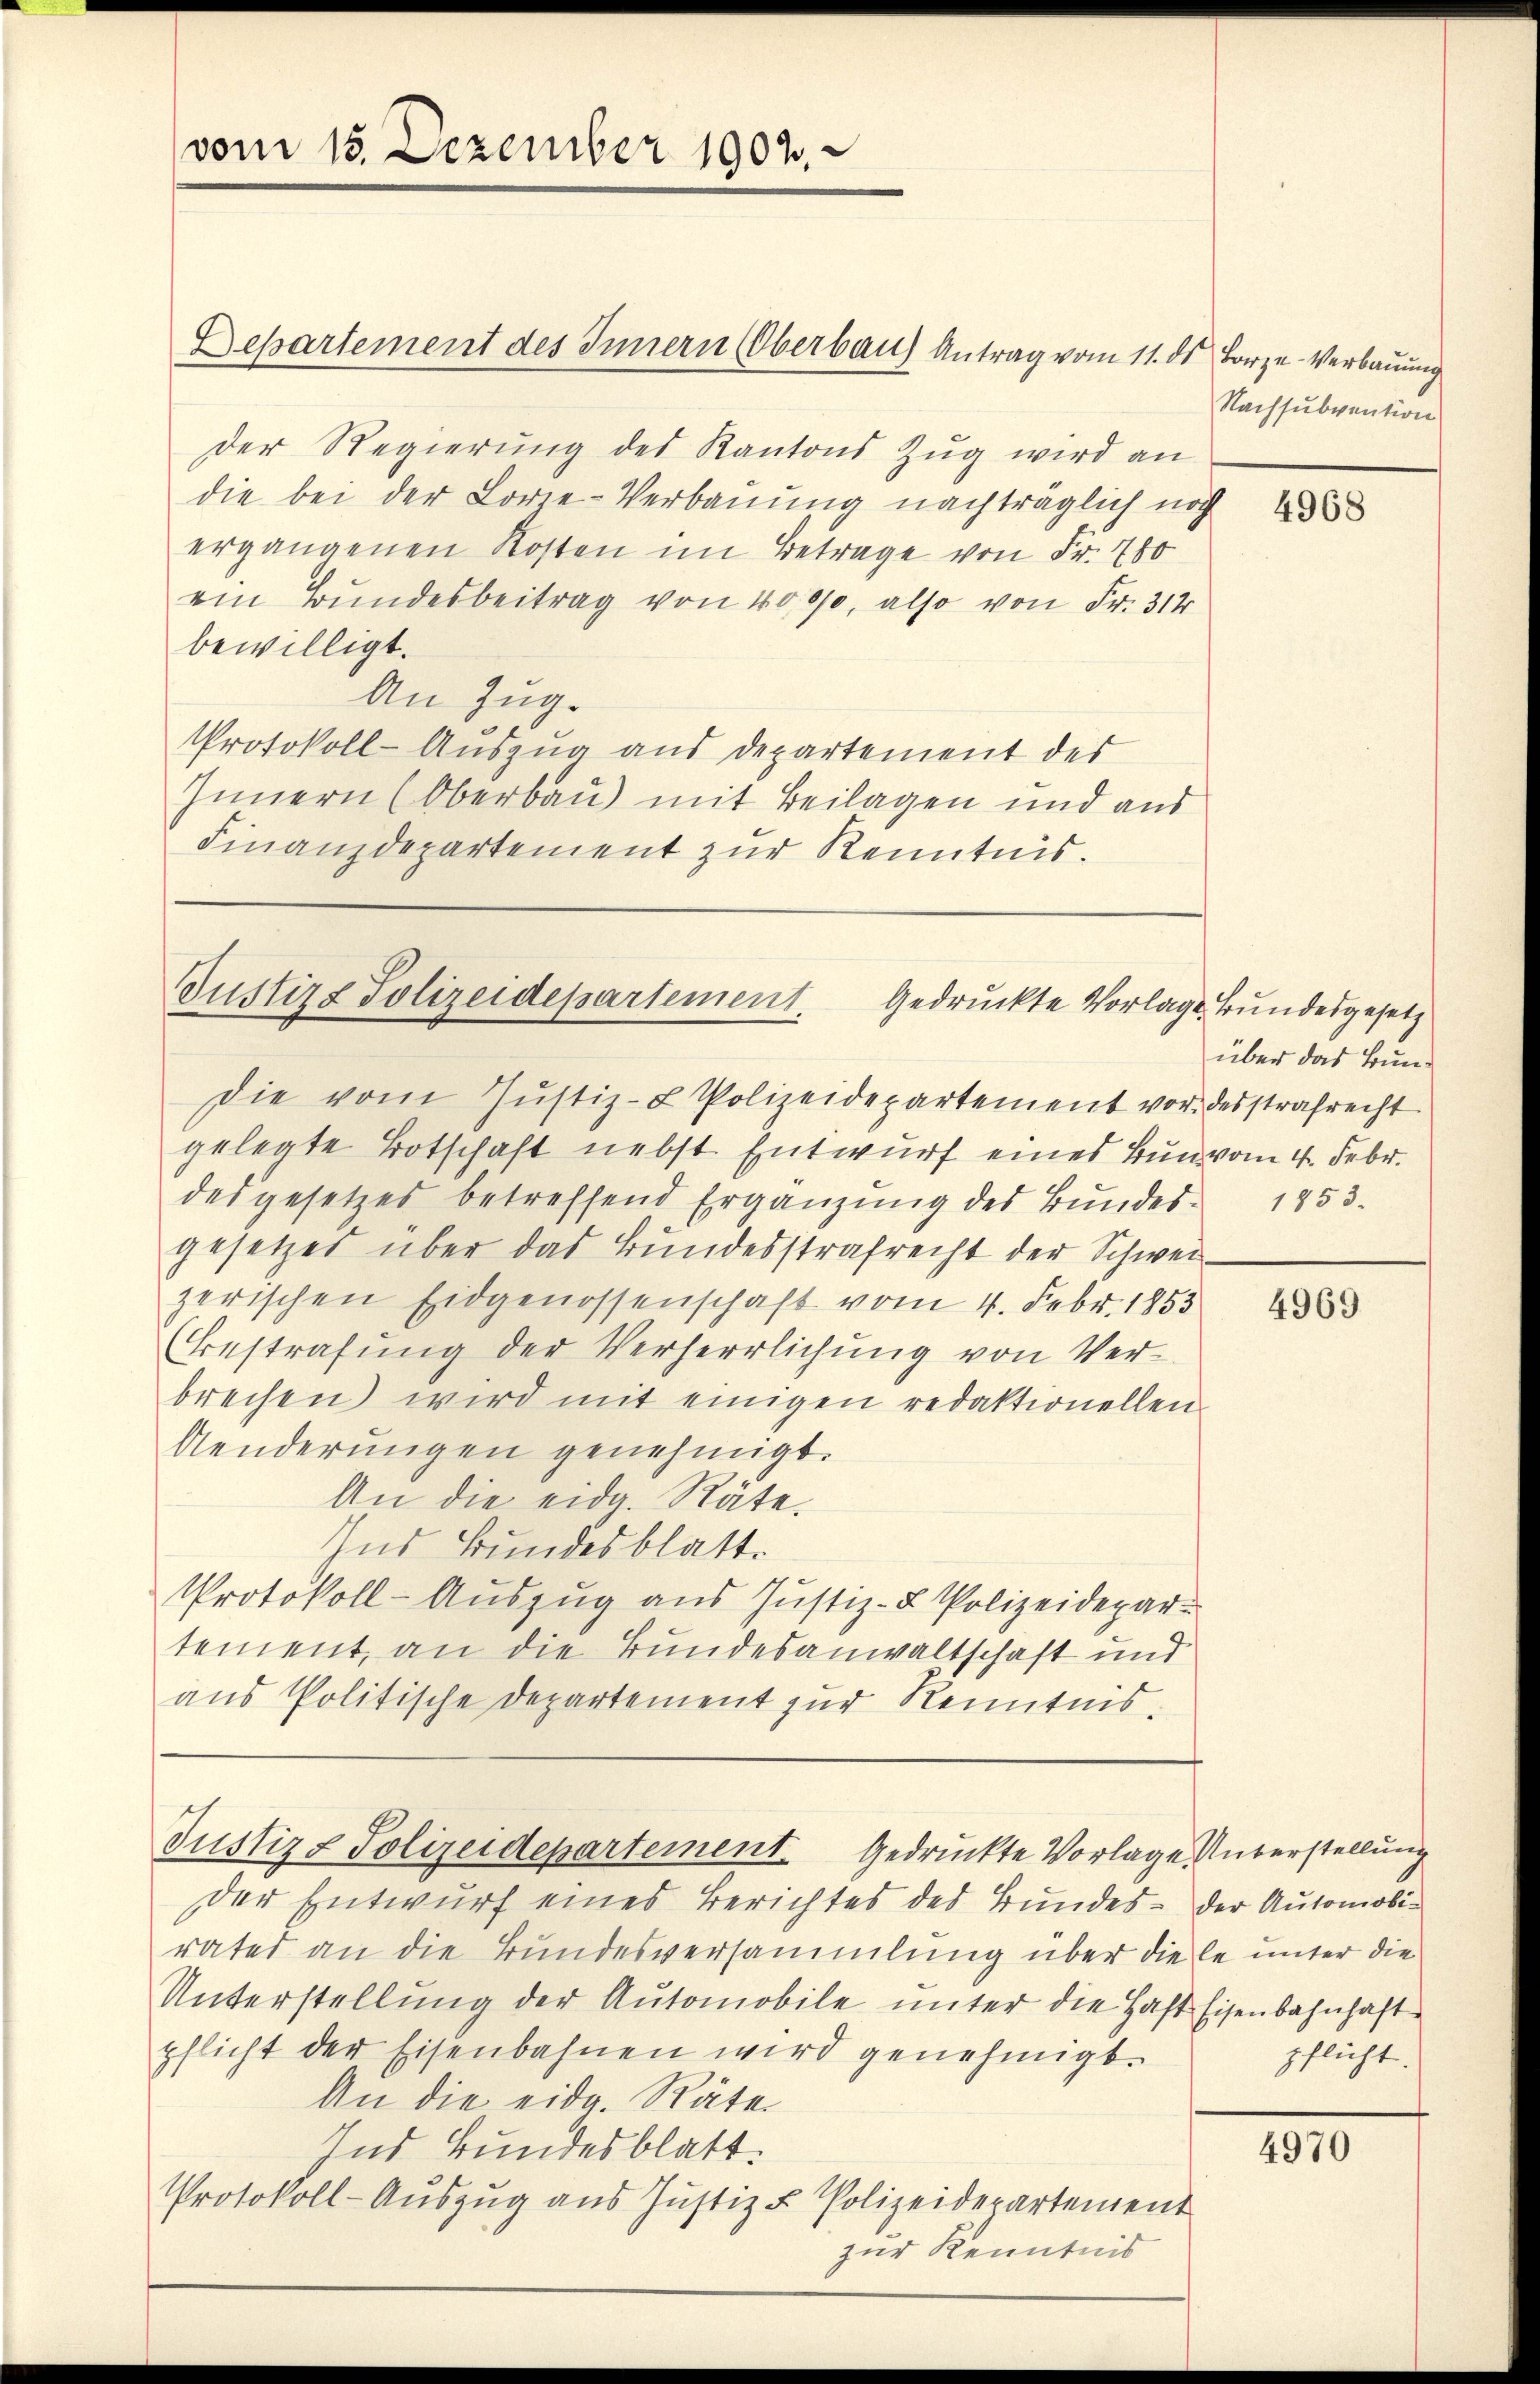
vom 15. Dezember 1902.

Departement des Innern (Oberbau Antrag vom 11. ds Boze-Verbauung

Der Regierŭng des Kantons Zŭg wird an
die bei der Lorze-Verbauung nachträglich noch
ergangenen Kosten im Betrage von Fr. 780
ein Bundesbeitrag von 40000, also von Fr. 312
bewilligt.
An Zug.
Protokoll-Auszug aus Departement der
Innern (Oberbau mit Beilagen und aus
Finanzdepartement zur Kenntnis.

Justiz- Polizeidepartement. Gedruckte Vorlage Bundesgesetz
Die vom Jŭstiz- & Polizeidepartement vor desstrafrecht

gelegte Botschaft nebst Entwurf eines Bun vom 4. Febr.
des gesetzes betreffend Ergänzŭng des Bŭndes 1853.
gesetzes über das Bundesstrafrecht der Schweizerischen Eidgenossenschaft vom 4. Febr. 1853
Bestrafŭng der Verherrlichŭng von Ver-
brechen) wird mit einigen redaktionellen
Aenderŭngen genehmigt.
An die eid. Räte.
Ins Bundesblatt.
Protokoll-Auszug aus Justiz- & Polizeidepartement, an die Bundesanwaltschaft und
aus Politische Departement zur Kenntnis.

Justiz & Polizeidepartement. Gedrückte Vorlage Unterstellung

Nachsubvention

Der Entwurf eines Berichtes des Bundes- der Automobi-
ratet an die Bundesversammlung über die le unter die
Unterstellung der Automobile unter die Haft Eisenbahnhaft
pflicht der Eisenbahnen wird genehmigt.
An die eidg. Räte
Ind Bundesblatt.
Protokoll-Aŭszŭg aŭs Justiz u. Polizeidepartement
zur Kenntnis

über das Bun¬

4969

pflicht.

4970